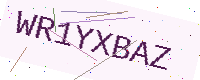
Text: WR1YXBAZ